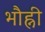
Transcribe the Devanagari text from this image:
भौह्नी